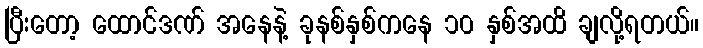
ပြီးတော့ ထောင်ဒဏ် အနေနဲ့ ခုနစ်နှစ်ကနေ ၁၀ နှစ်အထိ ချလို့ရတယ်။